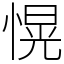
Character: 愰